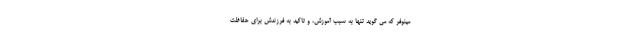
مینوفر که می گوید تنها به سبب آموزش، و تاکید به فرزندش برای حفاظت